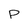
Character: P